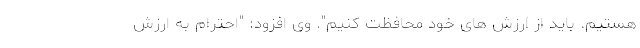
هستیم. باید از ارزش های خود محافظت کنیم". وی افزود: "احترام به ارزش